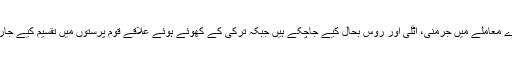
اس سارے معاملے میں جرمنی، اٹلی اور روس بحال کیے جاچکے ہیں جبکہ ترکی کے کھوئے ہوئے علاقے قوم پرستوں میں تقسیم کیے جارہے ہیں۔